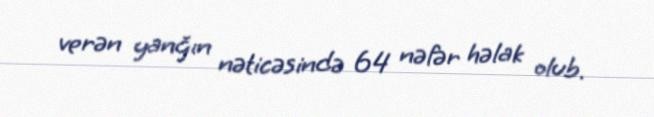
verən yanğın nəticəsində 64 nəfər həlak olub.